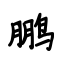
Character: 鹏